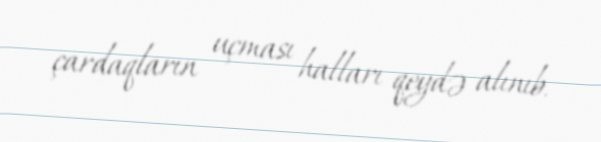
çardaqların uçması halları qeydə alınıb.